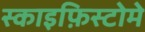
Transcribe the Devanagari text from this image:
स्काइफ़िस्टोमे